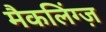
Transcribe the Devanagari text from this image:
मैकलिंग्ज़